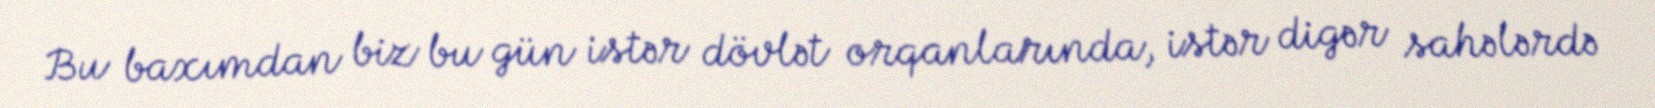
Bu baxımdan biz bu gün istər dövlət orqanlarında, istər digər sahələrdə